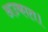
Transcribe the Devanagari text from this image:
अउकात।